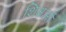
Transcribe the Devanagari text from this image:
शिक्षओं